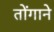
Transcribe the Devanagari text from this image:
तोंगाने